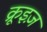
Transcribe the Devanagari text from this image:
क्रूइज़